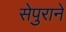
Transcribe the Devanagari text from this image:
सेपुराने